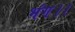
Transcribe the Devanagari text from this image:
भंग।।